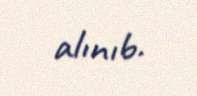
alınıb.